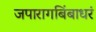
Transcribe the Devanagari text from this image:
जपारागबिंबाधरं